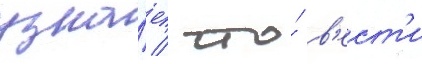
узна́ет / что́ в'ест'и